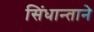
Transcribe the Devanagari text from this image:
सिंधान्ताने